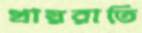
খায়রাতি